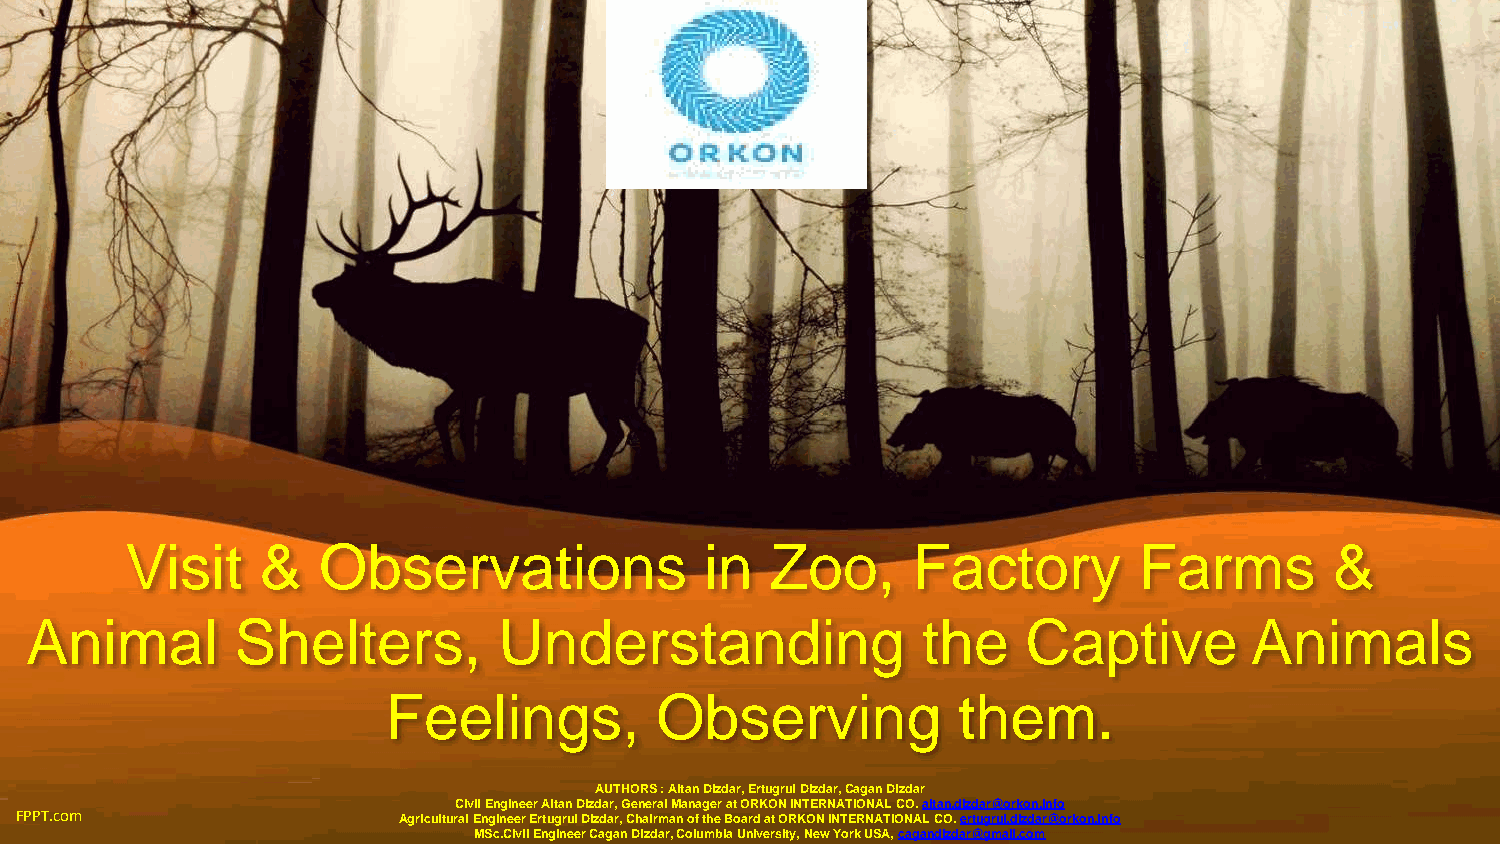
Visit    &   Observations              in  Zoo,     Factory        Farms        &
 Animal        Shelters,        Understanding               the    Captive        Animals
 Feelings,        Observing           them.
 AUTHORS : Altan Dizdar,Ertugrul Dizdar, Cagan Dizdar
 Civil Engineer Altan Dizdar, General Manager at ORKON INTERNATIONAL CO. altan.dizdar@orkon.info
 FPPT.com                 Agricultural Engineer Ertugrul Dizdar, Chairman of the Board at ORKON INTERNATIONAL CO. ertugrul.dizdar@orkon.info
 MSc.CivilEngineer Cagan Dizdar, Columbia University, New York USA, cagandizdar@gmail.com